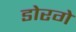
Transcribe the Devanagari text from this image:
डोरगे